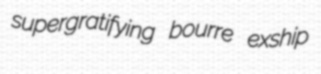
supergratifying bourre exship